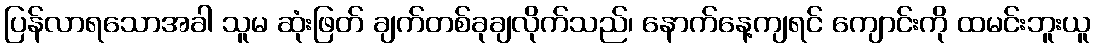
ပြန်လာရသောအခါ သူမ ဆုံးဖြတ် ချက်တစ်ခုချလိုက်သည်၊ နောက်နေ့ကျရင် ကျောင်းကို ထမင်းဘူးယူ